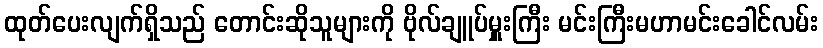
ထုတ်ပေးလျက်ရှိသည် တောင်းဆိုသူများကို ဗိုလ်ချူပ်မှူးကြီး မင်းကြီးမဟာမင်းခေါင်လမ်း